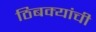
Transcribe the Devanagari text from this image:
ठिबक्यांची